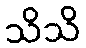
သိသိ